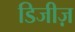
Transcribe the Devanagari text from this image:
डिजीज़